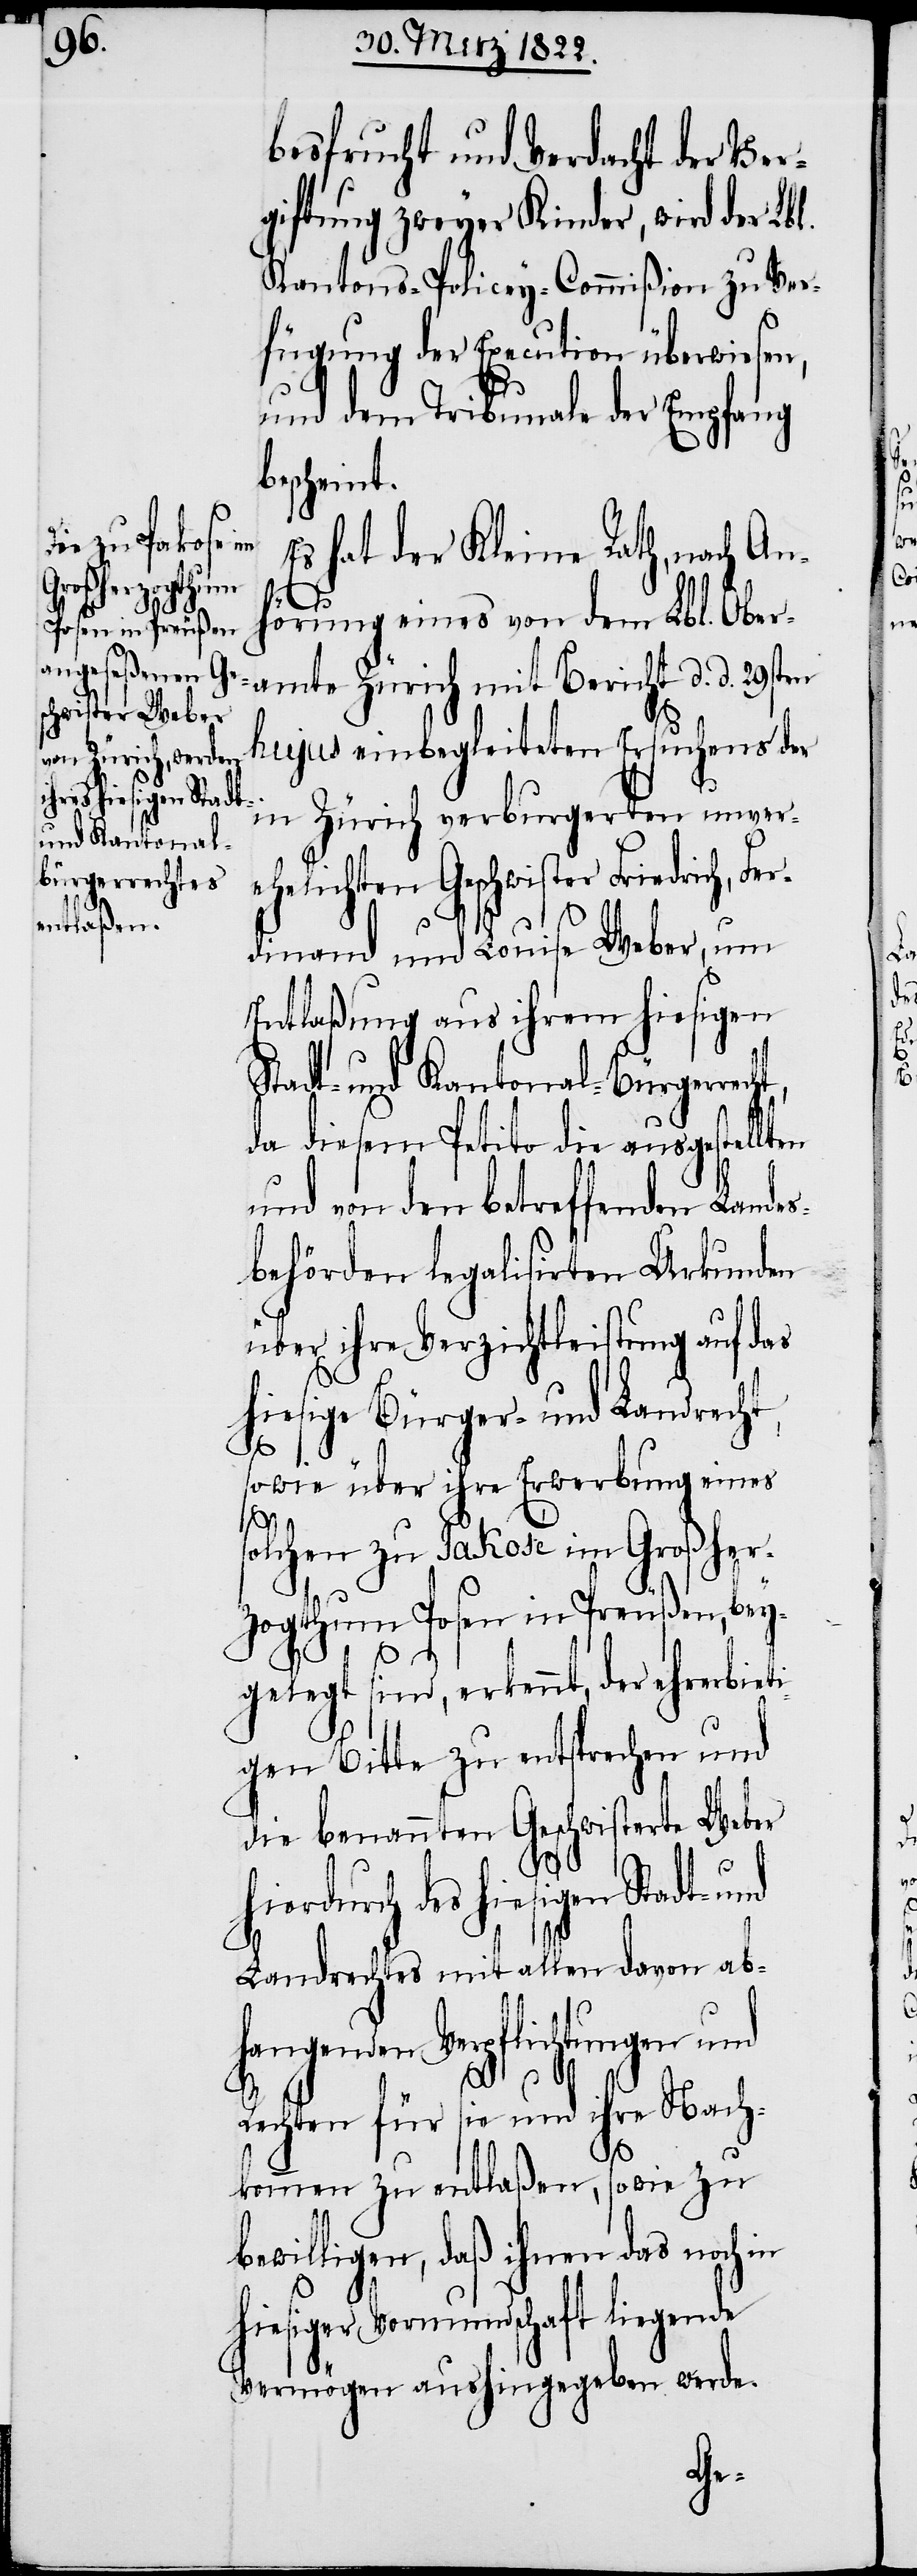
besfrucht und Verdacht der Ver¬
giftung zweyer Kinder, wird der Lbl.
Kantons-Policey-Commißion zu Ver¬
fügung der Execution überwiesen,
und dem Tribunal der Empfang
bescheint.
Es hat der Kleine Rath, nach An¬
nd
hörung eines von dem Lbl. Ober¬
amte Zürich mit Bericht d. d. 29sten
hujus einbegleiteten Ersuchens der
in Zürich verburgerten unver¬
ehelichten Geschwister Friedrich, Fe¬
dinand und Louise Weber, um
Entlaßung aus ihrem hiesigen
Stadt- und Kantonal-Bürgerrec¬
da diesem Petito die ausgestellt¬
und von den betreffenden Landes¬
behörden legalisierten Urkunden
über ihre Verzichtleistung auf das
hiesige Bürger- und Landrecht,
sowie über ihre Erwerbung eines
s¬
olchen zu Pakose im Großher¬
zogthum Posen in Preußen, bey¬
gelegt sind, erkennt, der eh¬
gen Bitte zu entsprechen und
die benannten Geschwister Weber
hiedurch des hiesigen Stadt- u¬
Landrechts mit allen davon ab¬
hangenden Verpflichtungen und
Rechten für sie und ihre Nach¬
kommen zu entlaßen, sowie zu
bewilligen, daß ihnen das noch in
hiesiger Vormundschaft liegende
Vermögen aushingegeben werde.